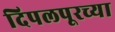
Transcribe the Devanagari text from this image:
दिपलपूरच्या